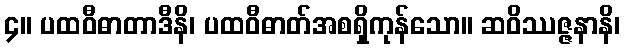
၄။ ပထဝီဓာတာဒီနိ၊ ပထဝီဓာတ်အစရှိကုန်သော။ ဆဝိဿဇ္ဇနာနိ၊